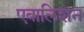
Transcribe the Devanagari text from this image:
एबालिशन